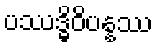
ပဿဒ္ဓိဝိပန္နဿ